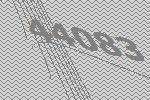
44083